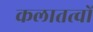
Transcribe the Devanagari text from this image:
कलातत्वों